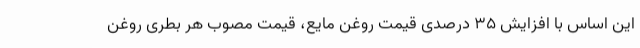
این اساس با افزایش ۳۵ درصدی قیمت روغن مایع، قیمت مصوب هر بطری روغن